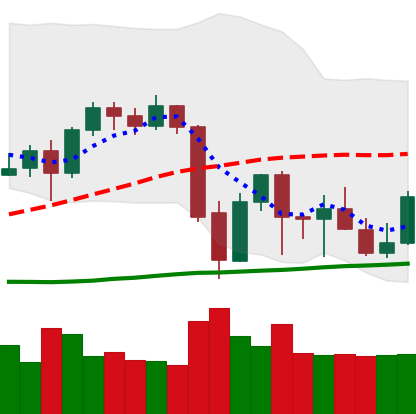
Ticker: BTC-USD
Chart end date: 2021-09-30
Forward return: 17.638%
Label: up_7plus